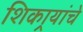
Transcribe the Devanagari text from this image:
शिकार्‍यांचे